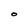
Character: O